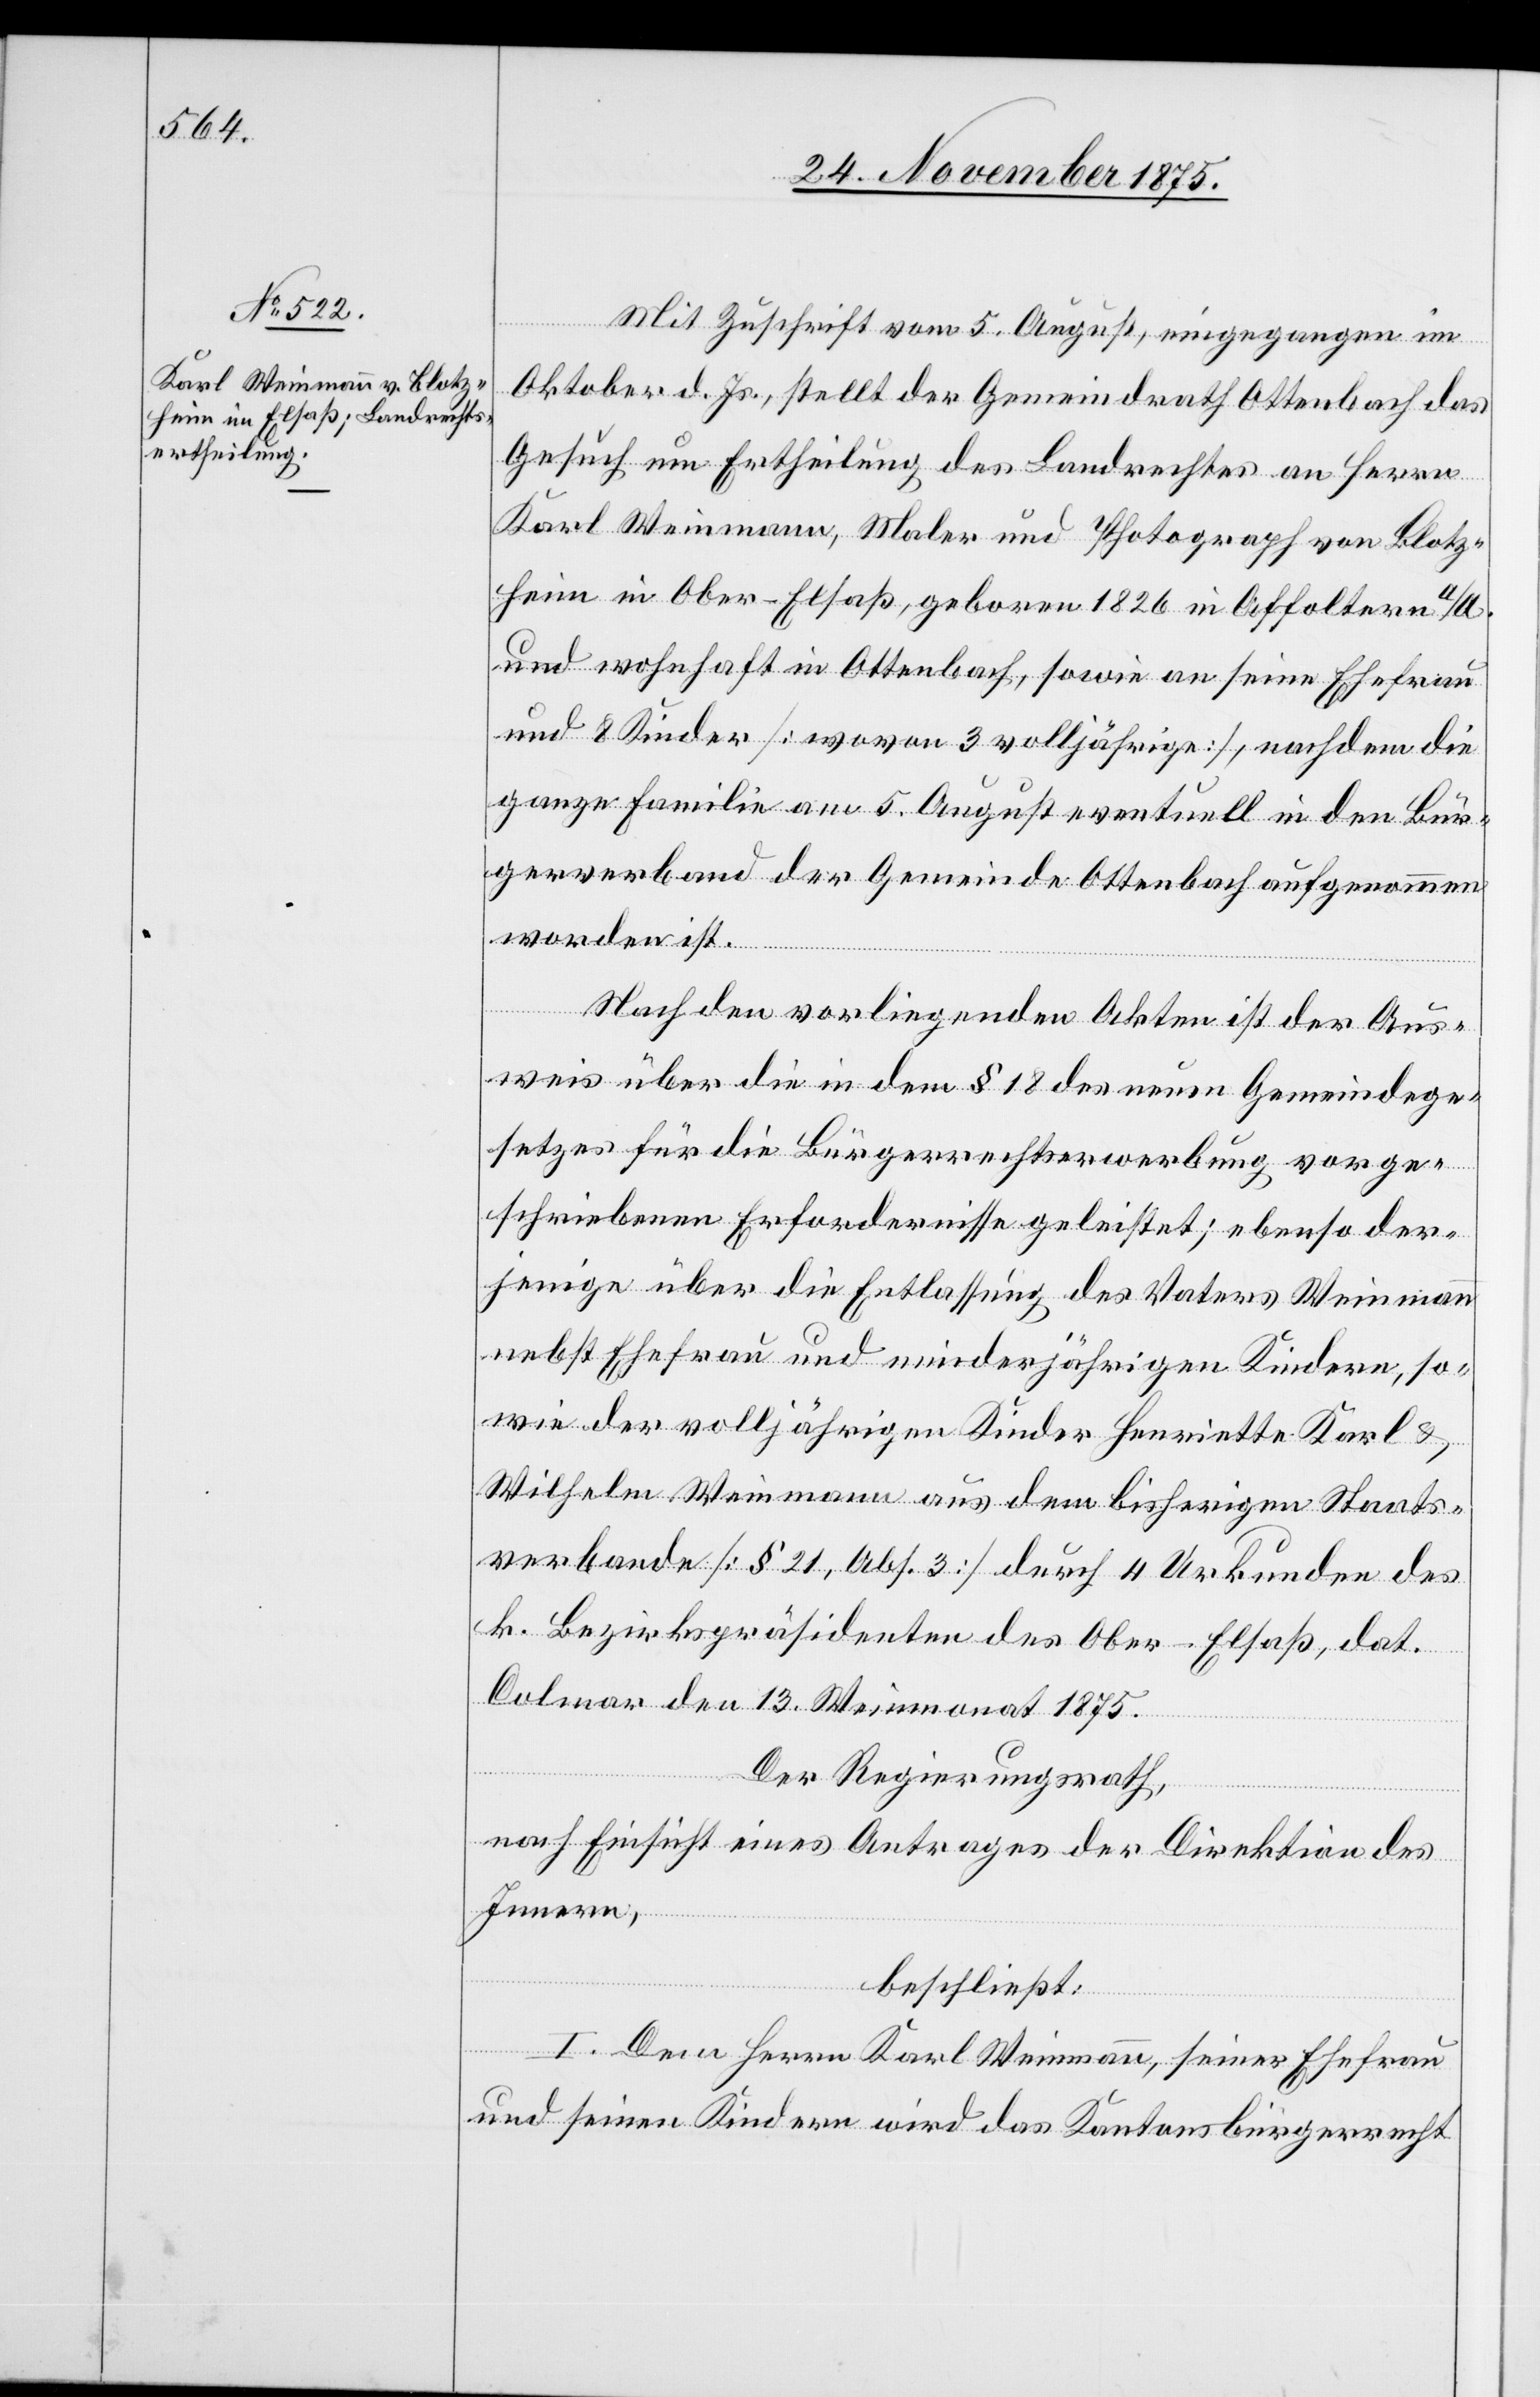
Mit Zuschrift vom 5. August, eingegangen im
Oktober d. Js., stellt der Gemeindrath Ottenbach das
Gesuch um Ertheilung des Landrechtes an Herrn
Karl Weinmann, Maler und Photograph von Blotz¬
heim im Ober-Elsaß, geboren 1826 in Affoltern a/A.
und wohnhaft in Ottenbach, sowie an seine Ehefrau
und 8 Kinder [wovon 3 volljährige], nachdem die
ganze Familie am 5. August eventuell in den Bür¬
gerverband der Gemeinde Ottenbach aufgenommen
worden ist.
Nach den vorliegenden Akten ist der Aus¬
weis über die in dem § 18 des neuen Gemeindege¬
setzes für die Bürgerrechtserwerbung vorge¬
schriebenen Erfordernisse geleistet; ebenso der¬
jenige über die Entlassung des Vaters Weinmann
nebst Ehefrau und minderjährigen Kindern, so¬
wie der volljährigen Kinder Henriette[,] Karl &
Wilhelm Weinmann aus dem bisherigen Staats¬
verbande [§ 21, Abs. 3] durch 4 Urkunden des
k. Bezirkspräsidenten des Ober-Elsaß, dat.
Colmar den 13. Weinmonat 1875.
Der Regierungsrath,
nach Einsicht eines Antrages der Direktion des
Innern,
beschließt:
1. Dem Herrn Karl Weinmann, seiner Ehefrau
und seinen Kindern wird das Kantonsbürgerrecht